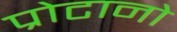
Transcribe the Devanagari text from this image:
प्रोटानो